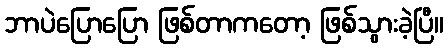
ဘာပဲပြောပြော ဖြစ်တာကတော့ ဖြစ်သွားခဲ့ပြီ။